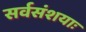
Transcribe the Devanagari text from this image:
सर्वसंशयाः